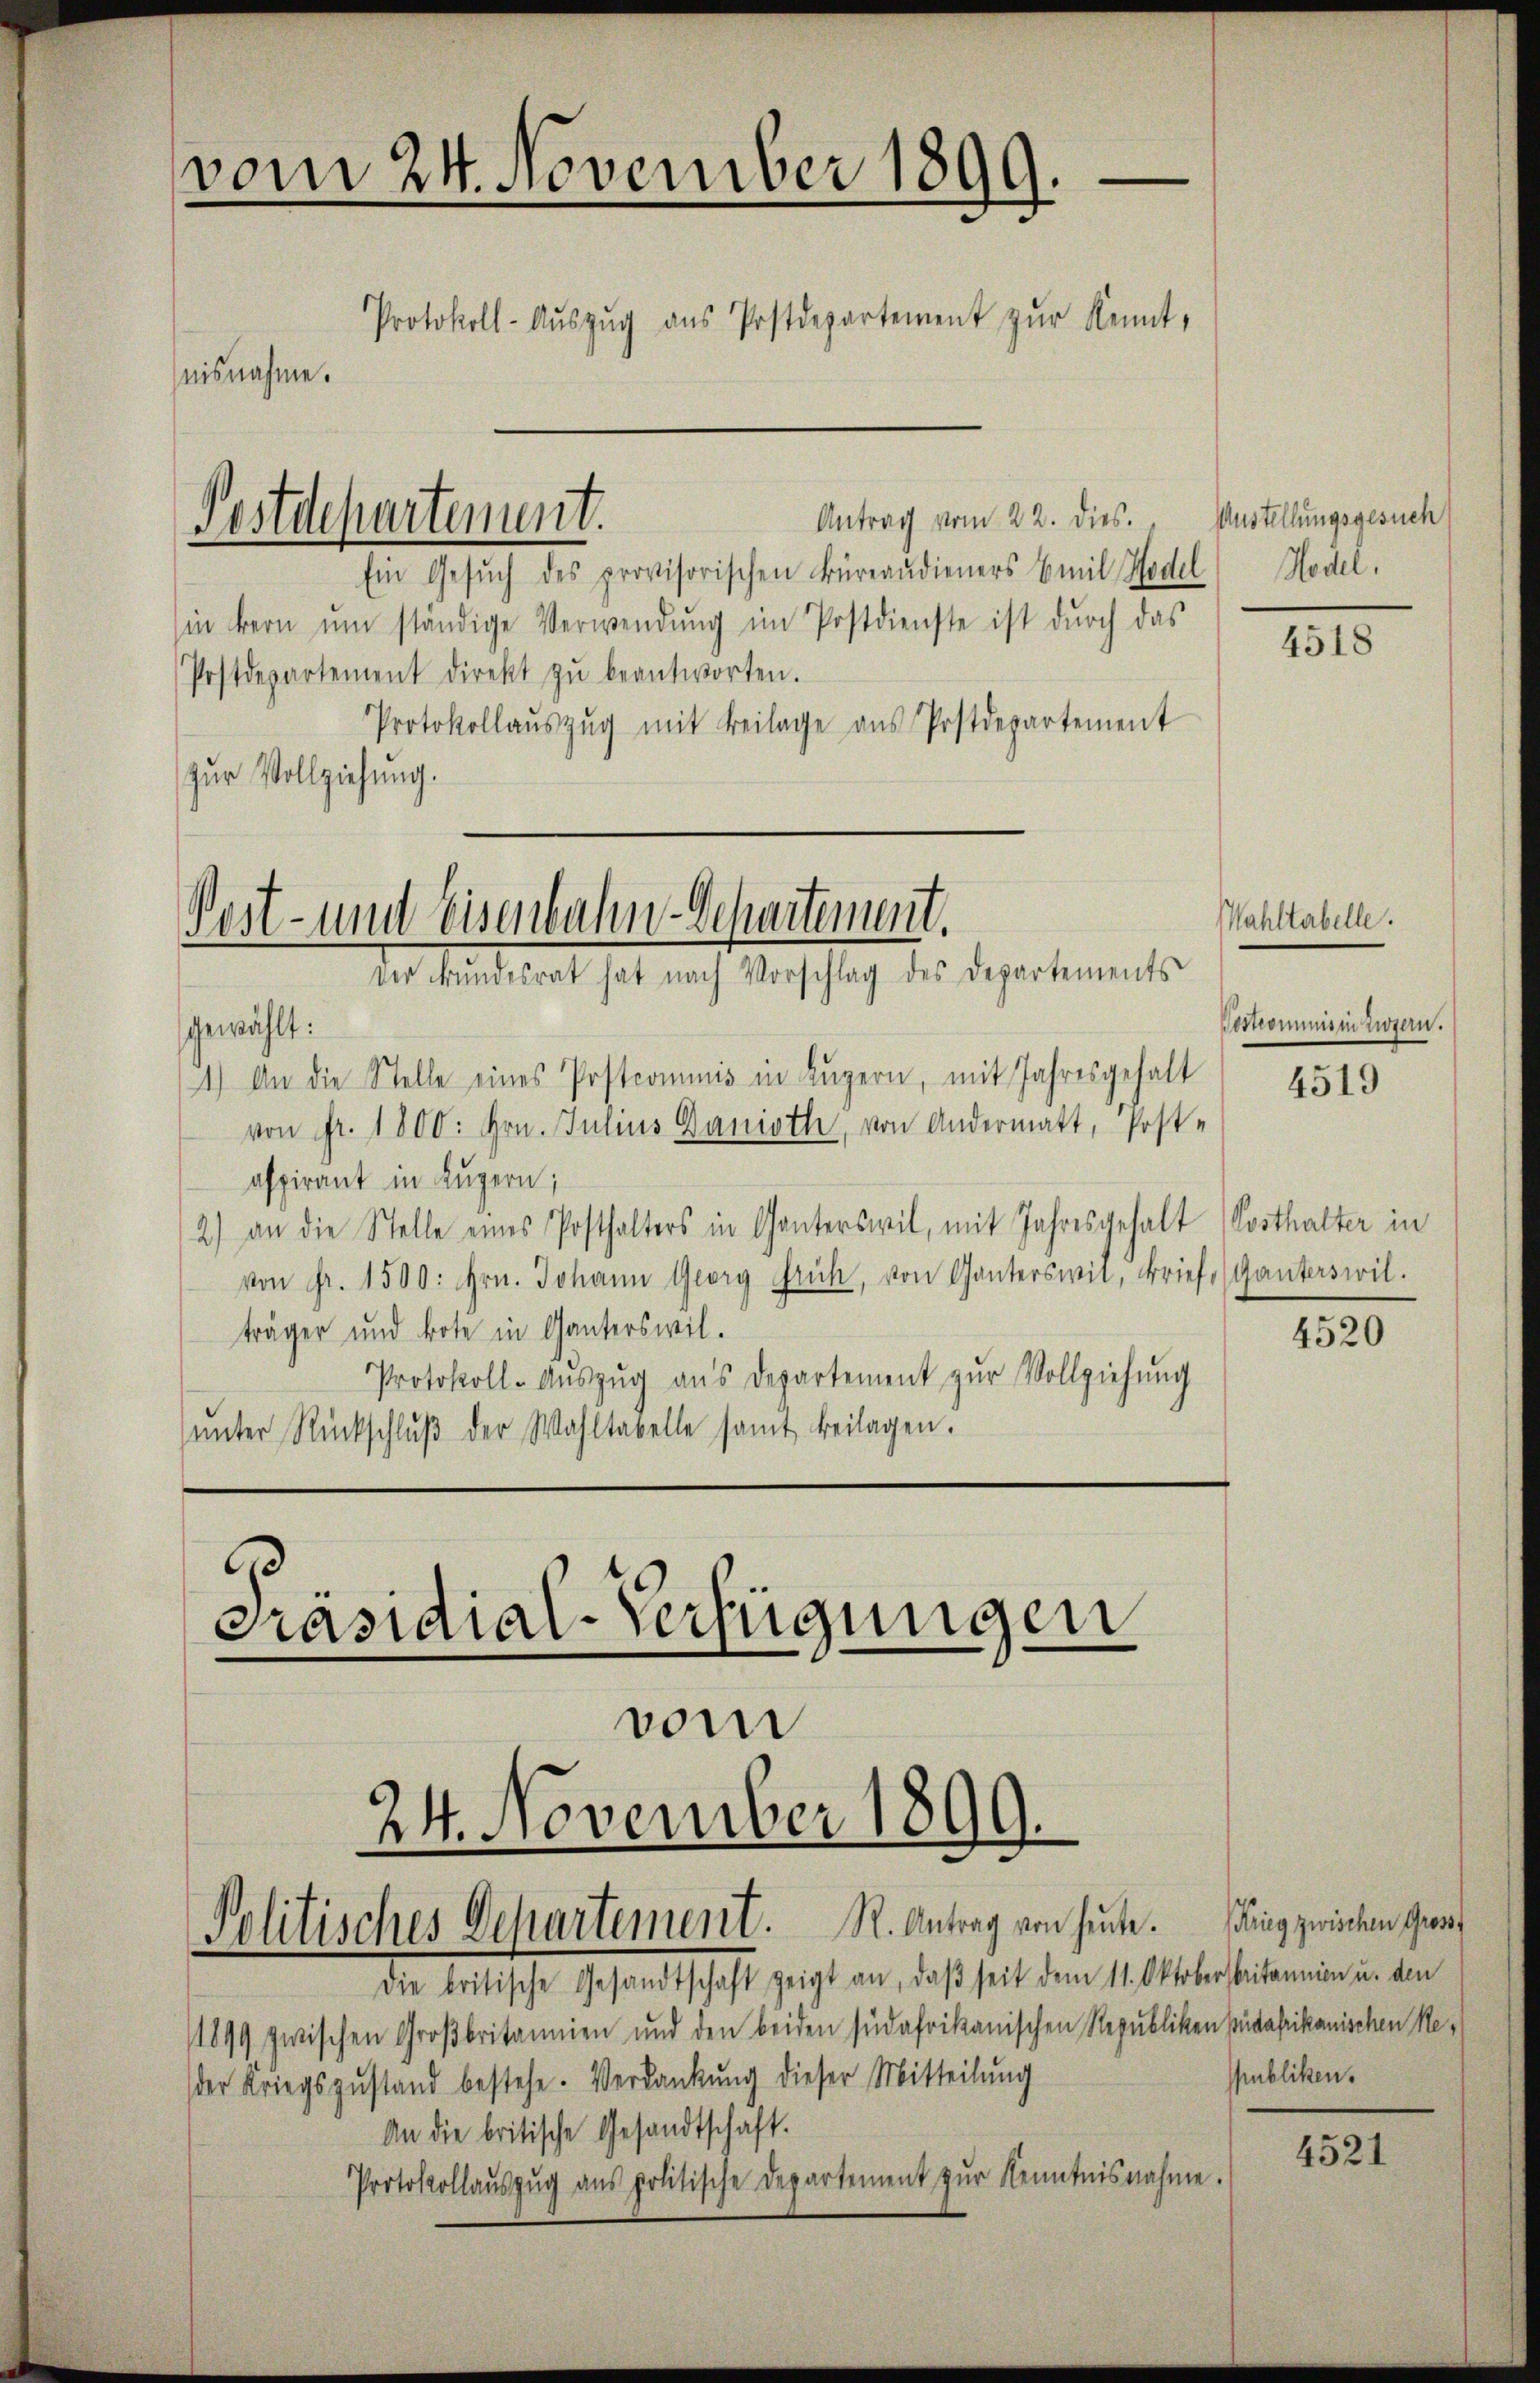
vom 24. November 1899.
Protokoll-Aŭszŭg aŭs Postdepartement zŭr Kennt,
nisnahme.

Antrag vom 22. dies. Austellungsgesuch
Ein Gesŭch des provisorischen Büreaudieners Emil Hedel
sin bern ŭm ständige Verwendŭng im Postdienste ist dŭrch das
Postdepartement direkt zŭ beantworten.
Protokollaŭszŭg mit Beilage ans Postdepartement
zur Vollziehung.

Postdepartement.

Post- und Eisenbahn-Departement.
ver Bŭndesrat hat nach Vorschlag des Departements

gewählt:
1.) An die Stelle eines Postcommis in Luzern, mit Jahresgehalt
von Fr. 1800: Hrn. Julius Danioth, von Andermatt, Post-
aspirant in Luzern;
2) an die Stelle eines Posthalters in Ganterswil, mit Jahresgehalt (Posthalter in
von Fr. 1500: hrn. Johann Georg Frick, von Ganterswit, Brief (Ganterswil.
träger und bote in Ganterswil.
Protokoll-Aŭszŭg ans Departement zŭr Vollziehung
ŭnter Rückschlŭβ der Wahltabelle samt beilagen.

Präsidial-Verfügungen
24. November 1899.
Politisches Departement. N. Antrag von heute. Sieg zwischen Gros¬

vom

die britische Gesandtschaft zeigt an, daß seit dem 11. Oktober britannien u. den
1899 zwischen Großbritannien und den beiden südafrikanischen Republiken südafrikanischen Reder Kriegszŭstand bestehe. Verdankŭng dieser Mitteilŭng
An die britische Gesandtschaft.
Protokollaŭszŭg ans politische Departement zŭr Kenntnisnahme.

Hodel,

4518

Wahltabelle.

Postrommnis in Zwern.

4519

4520

ubliken.

4521